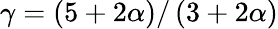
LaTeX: \gamma=\left(5+2\alpha\right)/\left(3+2\alpha\right)